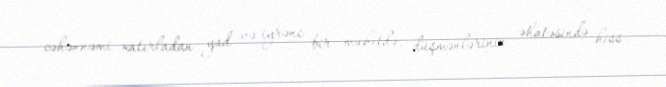
cəhənnəmi xatırladan yad və iyrənc bir mühitdə, düşmənlərinin əhatəsində hiss